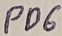
Text: PD6